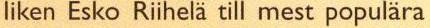
liken Esko Riihelä till mest populära